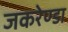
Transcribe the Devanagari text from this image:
जकरेण्डा